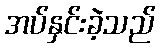
အပ်နှင်းခဲ့သည်